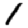
Digit: 1